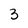
Character: 3